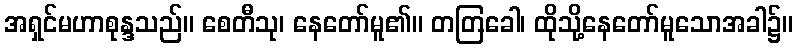
အရှင်မဟာစုန္ဒသည်။ စေတီသု၊ နေတော်မူ၏။ တတြခေါ၊ ထိုသို့နေတော်မူသောအခါ၌။